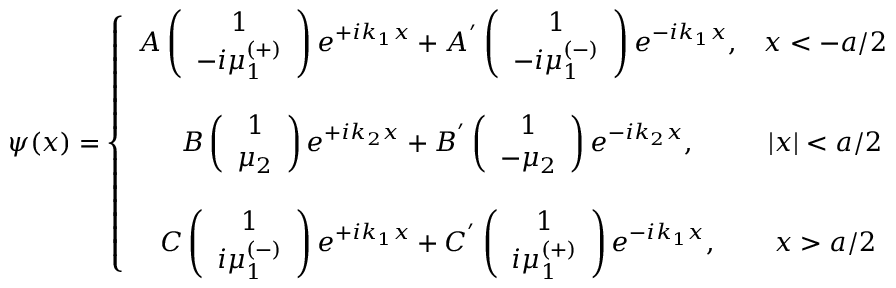
\psi ( x ) = \left\{ \begin{array} { c c } { { A \left( \begin{array} { c } { { 1 } } \\ { { - i \mu _ { 1 } ^ { \left( + \right) } } } \end{array} \right) e ^ { + i k _ { 1 } x } + A ^ { ^ { \prime } } \left( \begin{array} { c } { { 1 } } \\ { { - i \mu _ { 1 } ^ { \left( - \right) } } } \end{array} \right) e ^ { - i k _ { 1 } x } , } } & { { x < - a / 2 } } \\ { { } } & { { } } \\ { { B \left( \begin{array} { c } { { 1 } } \\ { { \mu _ { 2 } } } \end{array} \right) e ^ { + i k _ { 2 } x } + B ^ { ^ { \prime } } \left( \begin{array} { c } { { 1 } } \\ { { - \mu _ { 2 } } } \end{array} \right) e ^ { - i k _ { 2 } x } , } } & { { | x | < a / 2 } } \\ { { } } & { { } } \\ { { C \left( \begin{array} { c } { { 1 } } \\ { { i \mu _ { 1 } ^ { \left( - \right) } } } \end{array} \right) e ^ { + i k _ { 1 } x } + C ^ { ^ { \prime } } \left( \begin{array} { c } { { 1 } } \\ { { i \mu _ { 1 } ^ { \left( + \right) } } } \end{array} \right) e ^ { - i k _ { 1 } x } , } } & { { x > a / 2 } } \end{array} \right.